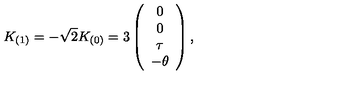
K _ { ( 1 ) } = - \sqrt { 2 } K _ { ( 0 ) } = 3 \left( \begin{array} { c } { 0 } \\ { 0 } \\ { \tau } \\ { - \theta } \\ \end{array} \right) ,